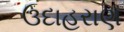
ઉદાહરાણ